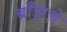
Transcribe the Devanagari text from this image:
ब्राँझचे